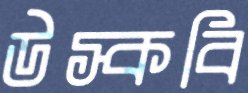
উস্‌কবি